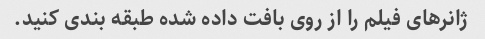
ژانرهای فیلم را از روی بافت داده شده طبقه بندی کنید.